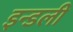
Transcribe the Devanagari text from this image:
इन्डली